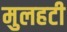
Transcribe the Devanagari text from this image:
मुलहटी